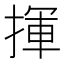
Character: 揮